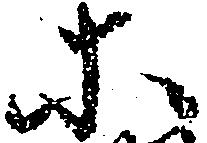
等